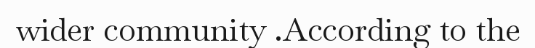
wider community .According to the